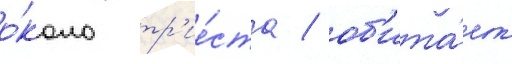
о́коло тр'ие́ста / об'ита́ет